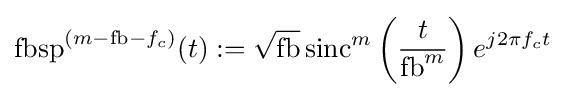
\operatorname {fbsp} ^{(m-\mathrm {fb} -f_{c})}(t):={\sqrt {\mathrm {fb} }}\operatorname {sinc} ^{m}\left({\frac {t}{\mathrm {fb} ^{m}}}\right)e^{j2\pi f_{c}t}